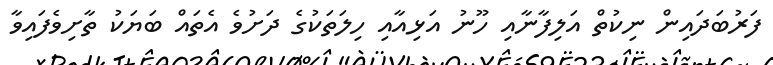
ފަރުބަދައިން ނިކުތް އަލިފާނާއި ހޫނު އަޅިއާއި ހިލަތަކުގެ ދަށުވެ އެތައް ބަޔަކު ތާށިވެފައިވާ